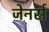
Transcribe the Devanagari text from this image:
जेनर्स